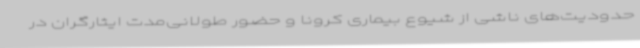
حدودیت‌های ناشی از شیوع بیماری کرونا و حضور طولانی‌مدت ایثارگران در